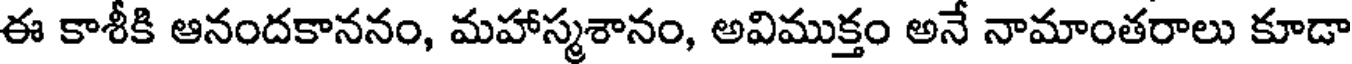
ఈ కాశీకి ఆనందకాననం, మహాస్మశానం, అవిముక్తం అనే నామాంతరాలు కూడా